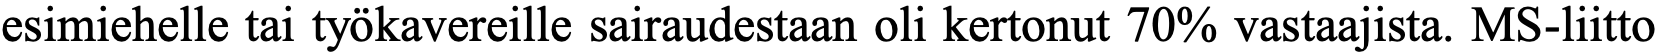
esimiehelle tai työkavereille sairaudestaan oli kertonut 70% vastaajista. MS-liitto